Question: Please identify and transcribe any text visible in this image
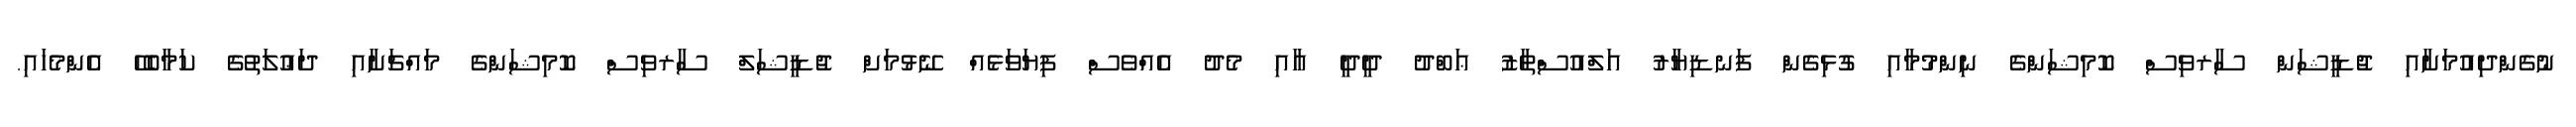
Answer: ނުގެންދިއުމަށާއި ޖުޑީޝަން ސާރވިސް ކޮމިޝަންގެ ނިންމުމާއި ގުޅިގެން ފަނޑިޔާރު އަލްއުސްތާޒު ޢަބްދު ދީދީ އާއި މެދު އެއްވެސް ފިޔަވަޅެއް ނޭޅުމަށް ޖުޑީޝަލް ސާރވިސް ކޮމިޝަންގެ މައްޗަށާއި ދަޢުލަތުގެ ކަމާބެހޭ އެންމެހައި.